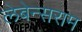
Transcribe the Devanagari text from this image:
लेबेन्सराम